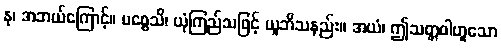
နု၊ အဘယ်ကြောင့်။ ပစ္စေသိ၊ ယုံကြည်သဖြင့် ယူဘိသနည်း။ အယံ၊ ဤသတ္တဝါဟူသော